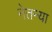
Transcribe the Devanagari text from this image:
नेतन्या